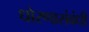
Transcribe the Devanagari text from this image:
धोरणासंबंधी